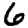
Digit: 6